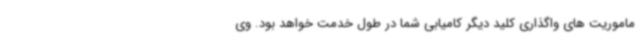
ماموریت های واگذاری کلید دیگر کامیابی شما در طول خدمت خواهد بود. وی